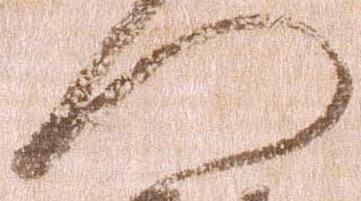
門